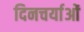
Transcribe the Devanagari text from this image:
दिनचर्याओं